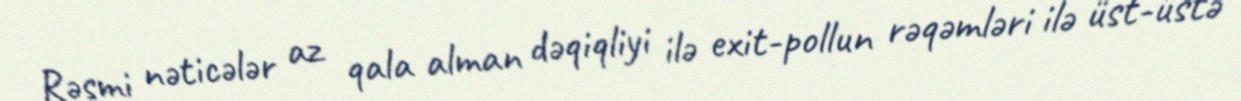
Rəsmi nəticələr az qala alman dəqiqliyi ilə exit-pollun rəqəmləri ilə üst-üstə